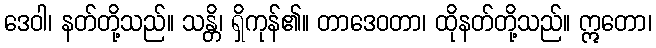
ဒေဝါ၊ နတ်တို့သည်။ သန္တိ၊ ရှိကုန်၏။ တာဒေဝတာ၊ ထိုနတ်တို့သည်။ ဣတော၊